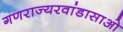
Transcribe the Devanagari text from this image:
गणराज्यरवांडासाओ